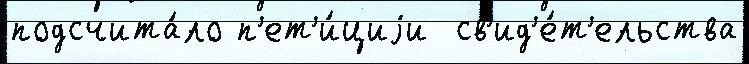
подсчита́ло п'ет'и́циjи  св'ид'е́т'ельства